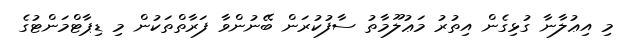
މި އިޢުލާނާ ގުޅިގެން އިތުރު މަޢުލޫމާތު ސާފުކުރަން ބޭނުންވާ ފަރާތްތަކުން މި ޑިޕާޓްމަންޓުގެ